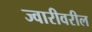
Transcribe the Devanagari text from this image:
ज्वारीवरील